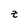
Character: z